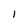
Character: 1